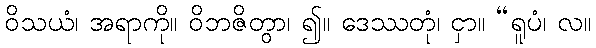
ဝိသယံ၊ အရာကို။ ဝိဘဇိတွာ၊ ၍။ ဒေဿတုံ၊ ငှာ။ “ရူပံ၊ လ။